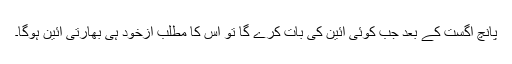
پانچ اگست کے بعد جب کوئی آئین کی بات کرے گا تو اس کا مطلب ازخود ہی بھارتی آئین ہوگا۔